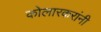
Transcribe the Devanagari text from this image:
कोलारकरांनी